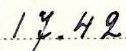
17.42